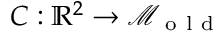
C : \mathbb { R } ^ { 2 } \to \mathcal { M } _ { \mathrm { ~ o ~ l ~ d ~ } }